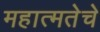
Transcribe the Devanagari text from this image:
महात्मतेचे